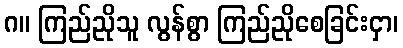
ဂ။ ကြည်ညိုသူ လွန်စွာ ကြည်ညိုစေခြင်းငှာ၊